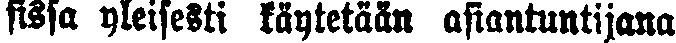
sissa yleisesti käytetään asiantuntijana